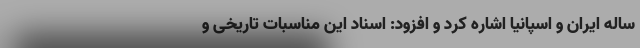
ساله ایران و اسپانیا اشاره کرد و افزود: اسناد این مناسبات تاریخی و